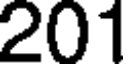
201